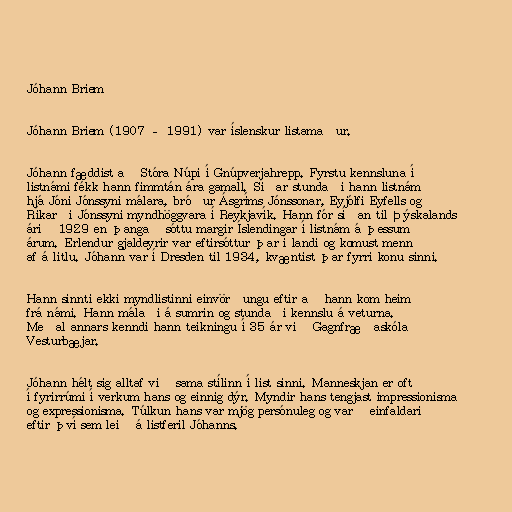
Jóhann Briem

Jóhann Briem (1907 – 1991) var íslenskur listamaður.

Jóhann fæddist að Stóra Núpi í Gnúpverjahrepp. Fyrstu kennsluna í
listnámi fékk hann fimmtán ára gamall. Síðar stundaði hann listnám
hjá Jóni Jónssyni málara, bróður Ásgríms Jónssonar, Eyjólfi Eyfells og
Ríkarði Jónssyni myndhöggvara í Reykjavík. Hann fór síðan til Þýskalands
árið 1929 en þangað sóttu margir Íslendingar í listnám á þessum
árum. Erlendur gjaldeyrir var eftirsóttur þar í landi og komust menn
af á litlu. Jóhann var í Dresden til 1934, kvæntist þar fyrri konu sinni.

Hann sinnti ekki myndlistinni einvörðungu eftir að hann kom heim
frá námi. Hann málaði á sumrin og stundaði kennslu á veturna.
Meðal annars kenndi hann teikningu í 35 ár við Gagnfræðaskóla
Vesturbæjar.

Jóhann hélt sig alltaf við sama stílinn í list sinni. Manneskjan er oft
í fyrirrúmi í verkum hans og einnig dýr. Myndir hans tengjast impressionisma
og expressionisma. Túlkun hans var mjög persónuleg og varð einfaldari
eftir því sem leið á listferil Jóhanns.